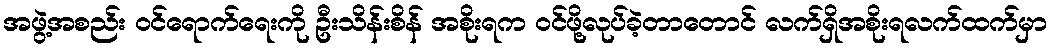
အဖွဲ့အစည်း ဝင်ရောက်ရေးကို ဦးသိန်းစိန် အစိုးရက ဝင်ဖို့လုပ်ခဲ့တာတောင် လက်ရှိအစိုးရလက်ထက်မှာ